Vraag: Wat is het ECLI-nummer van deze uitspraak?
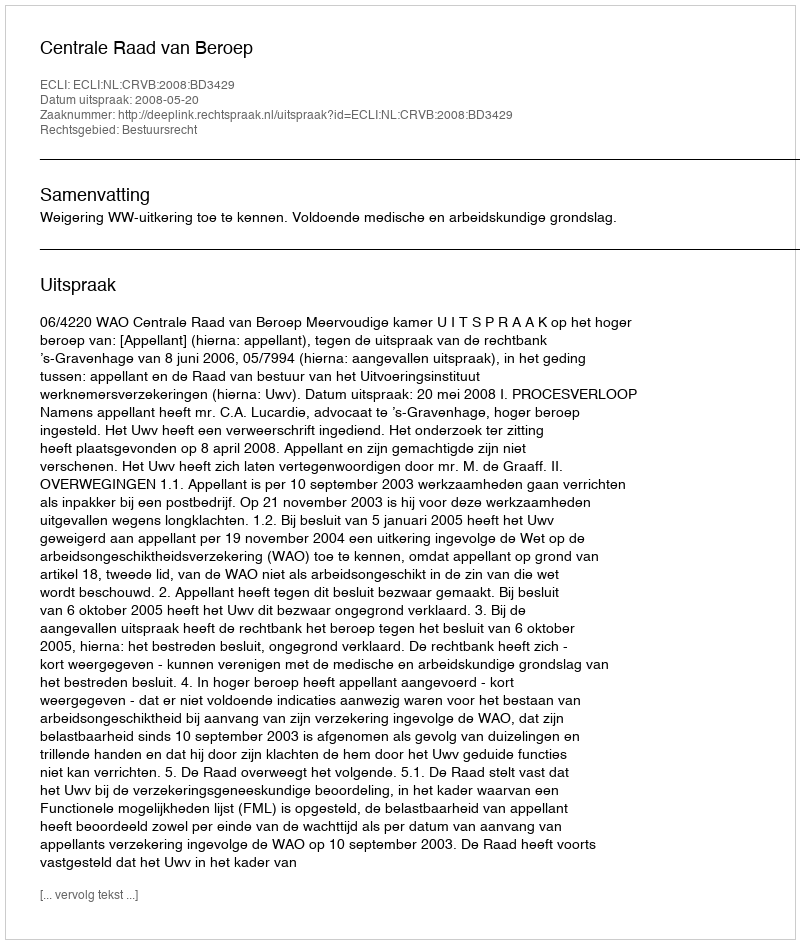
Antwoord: ECLI:NL:CRVB:2008:BD3429